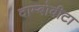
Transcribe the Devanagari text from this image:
दाम्बोवीटा